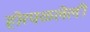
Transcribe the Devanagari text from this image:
होरपळलेली